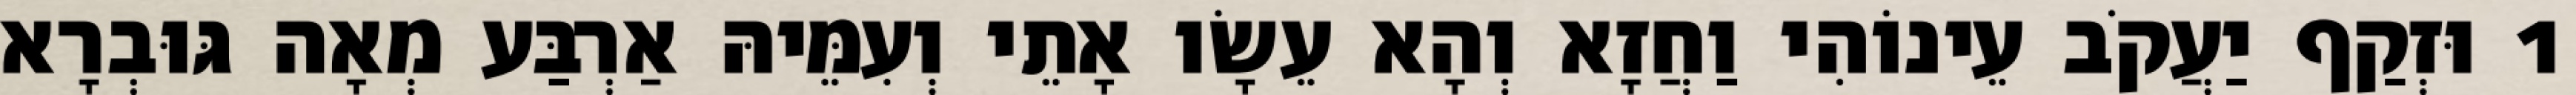
1 וּזְקַף יַעֲקֹב עֵינוֹהִי וַחֲזָא וְהָא עֵשָׂו אָתֵי וְעִמֵּיהּ אַרְבַּע מְאָה גּוּבְרָא